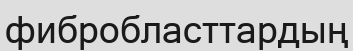
фибробласттардың